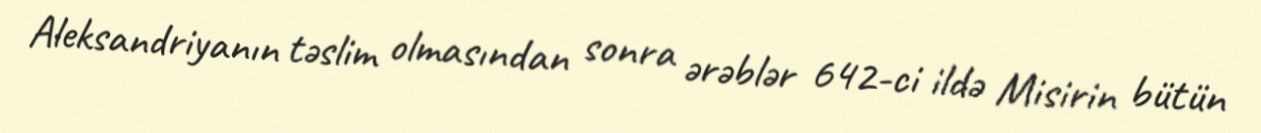
Aleksandriyanın təslim olmasından sonra ərəblər 642-ci ildə Misirin bütün